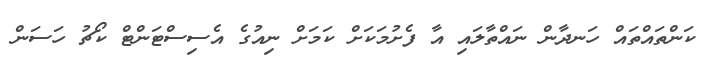
ކަންތައްތައް ހަނދާން ނައްތާލައި އާ ފެށުމަކަށް ކަމަށް ނިއުގެ އެސިސްޓަންޓް ކޯޗު ހަސަން